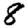
Digit: 8